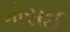
ગોસઈ